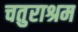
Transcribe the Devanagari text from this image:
चतुराश्रम